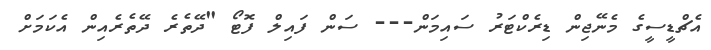
އެޗްޑީސީގެ މެނޭޖިން ޑިރެކްޓަރު ސައިމަން--- ސަން ފައިލް ފޮޓޯ "ދޭތެރެ ދޭތެރެއިން އެކަމަށް